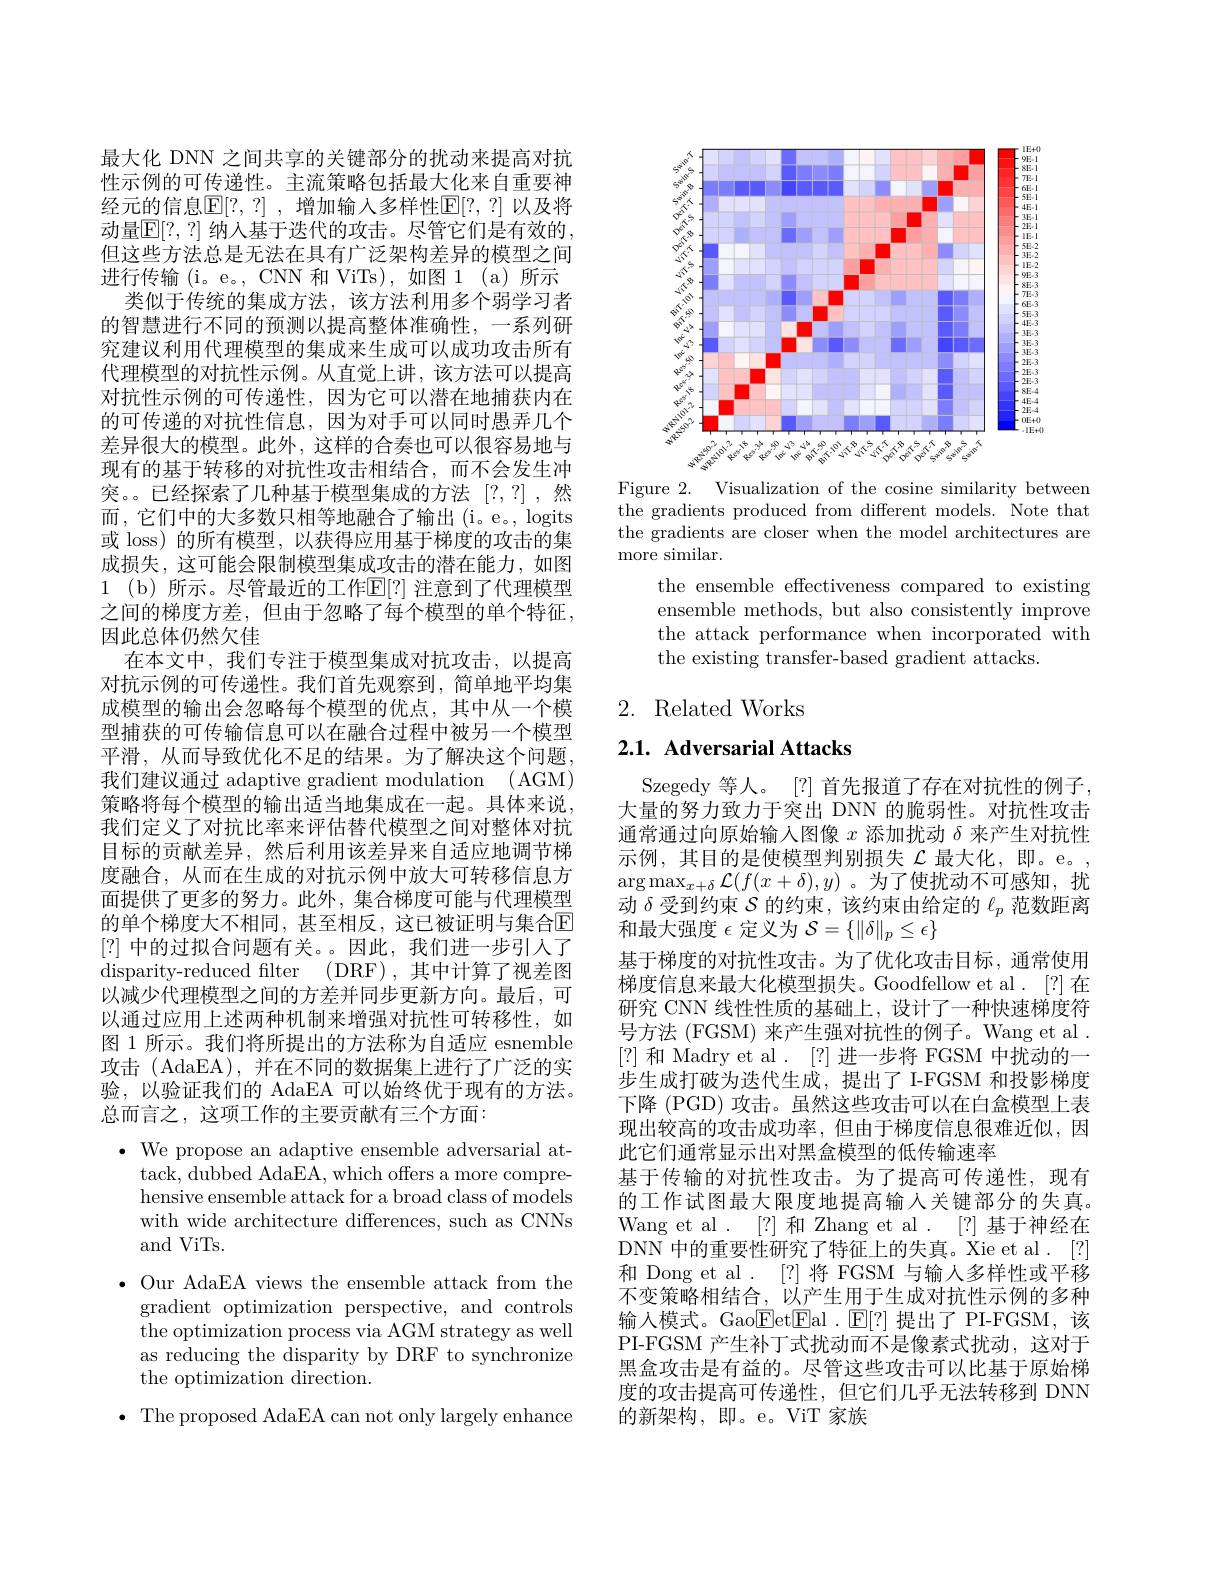
最大化 DNN 之间共享的关键部分的扰动来提高对抗性示例的可传递性。主流策略包括最大化来自重要神经元的信息$\mathbb{E}[?,?]$ ,增加输入多样性$\mathbb{E}[?,?]$ 以及将动量$\mathbb{E}[?,?]$ 纳人基于迭代的攻击。尽管它们是有效的， 但这些方法总是无法在具有广泛架构差异的模型之间进行传输(i。e。, CNN 和 ViTs),如图 1 (a)所示
类似于传统的集成方法，该方法利用多个弱学习者的智慧进行不同的预测以提高整体准确性，一系列研究建议利用代理模型的集成来生成可以成功攻击所有代理模型的对抗性示例。从直觉上讲，该方法可以提高对抗性示例的可传递性，因为它可以潜在地捕获内在的可传递的对抗性信息，因为对手可以同时愚弄几个差异很大的模型。此外，这样的合奏也可以很容易地与现有的基于转移的对抗性攻击相结合，而不会发生冲突。。已经探索了几种基于模型集成的方法 [?,?] ,然而，它们中的大多数只相等地融合了输出(i。e。, logits 或 loss) 的所有模型，以获得应用基于梯度的攻击的集成损失，这可能会限制模型集成攻击的潜在能力，如图1 (b)所示。尽管最近的工作$\mathbb{E}[?]$ 注意到了代理模型之间的梯度方差，但由于忽略了每个模型的单个特征， 因此总体仍然欠佳
在本文中，我们专注于模型集成对抗攻击，以提高对抗示例的可传递性。我们首先观察到，简单地平均集成模型的输出会忽略每个模型的优点，其中从一个模型捕获的可传输信息可以在融合过程中被另一个模型平滑，从而导致优化不足的结果。为了解决这个问题， 我们建议通过 adaptive gradient modulation (AGM) 策略将每个模型的输出适当地集成在一起。具体来说， 我们定义了对抗比率来评估替代模型之间对整体对抗目标的贡献差异，然后利用该差异来自适应地调节梯度融合，从而在生成的对抗示例中放大可转移信息方面提供了更多的努力。此外，集合梯度可能与代理模型的单个梯度大不相同，甚至相反，这已被证明与集合$\mathbb{E}$ [?]中的过拟合问题有关。。因此，我们进一步引人了disparity-reduced filter (DRF),其中计算了视差图以减少代理模型之间的方差并同步更新方向。最后，可以通过应用上述两种机制来增强对抗性可转移性，如图 1 所示。我们将所提出的方法称为自适应 esnemble 攻击(AdaEA),并在不同的数据集上进行了广泛的实验，以验证我们的 AdaEA 可以始终优于现有的方法。总而言之，这项工作的主要贡献有三个方面：
$\bullet$ We propose an adaptive ensemble adversarial at-
tack, dubbed AdaEA, which offers a more compre- hensive ensemble attack for a broad class of models with wide architecture differences, such as CNNs and ViTs.
$\bullet$ Our AdaEA views the ensemble attack from the
gradient optimization perspective, and controls the optimization process via AGM strategy as well as reducing the disparity by DRF to synchronize the optimization direction.
$\bullet$ The proposed AdaEA can not only largely enhance

<FigureHere>

Figure 2. Visualization of the cosine similarity between the gradients produced from different models. Note that the gradients are closer when the model architectures are more similar.

the ensemble effectiveness compared to existing ensemble methods, but also consistently improve the attack performance when incorporated with the existing transfer-based gradient attacks

## 2. Related Works

2.1. Adversarial Attacks

Szegedy 等人。[?] 首先报道了存在对抗性的例子， 大量的努力致力于突出 DNN 的脆弱性。对抗性攻击通常通过向原始输入图像$x$添加扰动$\delta$来产生对抗性示例，其目的是使模型判别损失$\mathcal{L}$最大化，即。e。, $\arg\max_{x+\delta}\mathcal{L}(f(x+\delta),y)$ 。为了使扰动不可感知，扰动$\delta$受到约束$\mathcal{S}$的约束，该约束由给定的$\ell_p$范数距离和最大强度$\epsilon$定义为$\mathcal{S}=\{\|\delta\|_p\leq\epsilon\}$
基于梯度的对抗性攻击。为了优化攻击目标，通常使用梯度信息来最大化模型损失。Goodfellow et al. [?]在研究 CNN 线性性质的基础上，设计了一种快速梯度符号方法 (FGSM) 来产生强对抗性的例子。Wang et al . [?]和 Madry et al . [?]进一步将 FGSM 中扰动的一步生成打破为迭代生成，提出了 I-FGSM 和投影梯度下降 (PGD) 攻击。虽然这些攻击可以在白盒模型上表现出较高的攻击成功率，但由于梯度信息很难近似，因此它们通常显示出对黑盒模型的低传输速率
基于传输的对抗性攻击。为了提高可传递性，现有的工作试图最大限度地提高输入关键部分的失真。Wang et al . [?] 和 Zhang et al . [?] 基于神经在DNN 中的重要性研究了特征上的失真。Xie et al . [?] 和 Dong et al . [?] 将 FGSM 与输人多样性或平移不变策略相结合，以产生用于生成对抗性示例的多种输入模式。Gao$\underline{\mathrm{Eet}}\underline{\mathrm{Fal}}.\underline{\mathrm{E}}[?]$提出了PI-FGSM,该PI-FGSM 产生补丁式扰动而不是像素式扰动，这对于黑盒攻击是有益的。尽管这些攻击可以比基于原始梯度的攻击提高可传递性，但它们几乎无法转移到 DNN 的新架构，即。e。ViT 家族